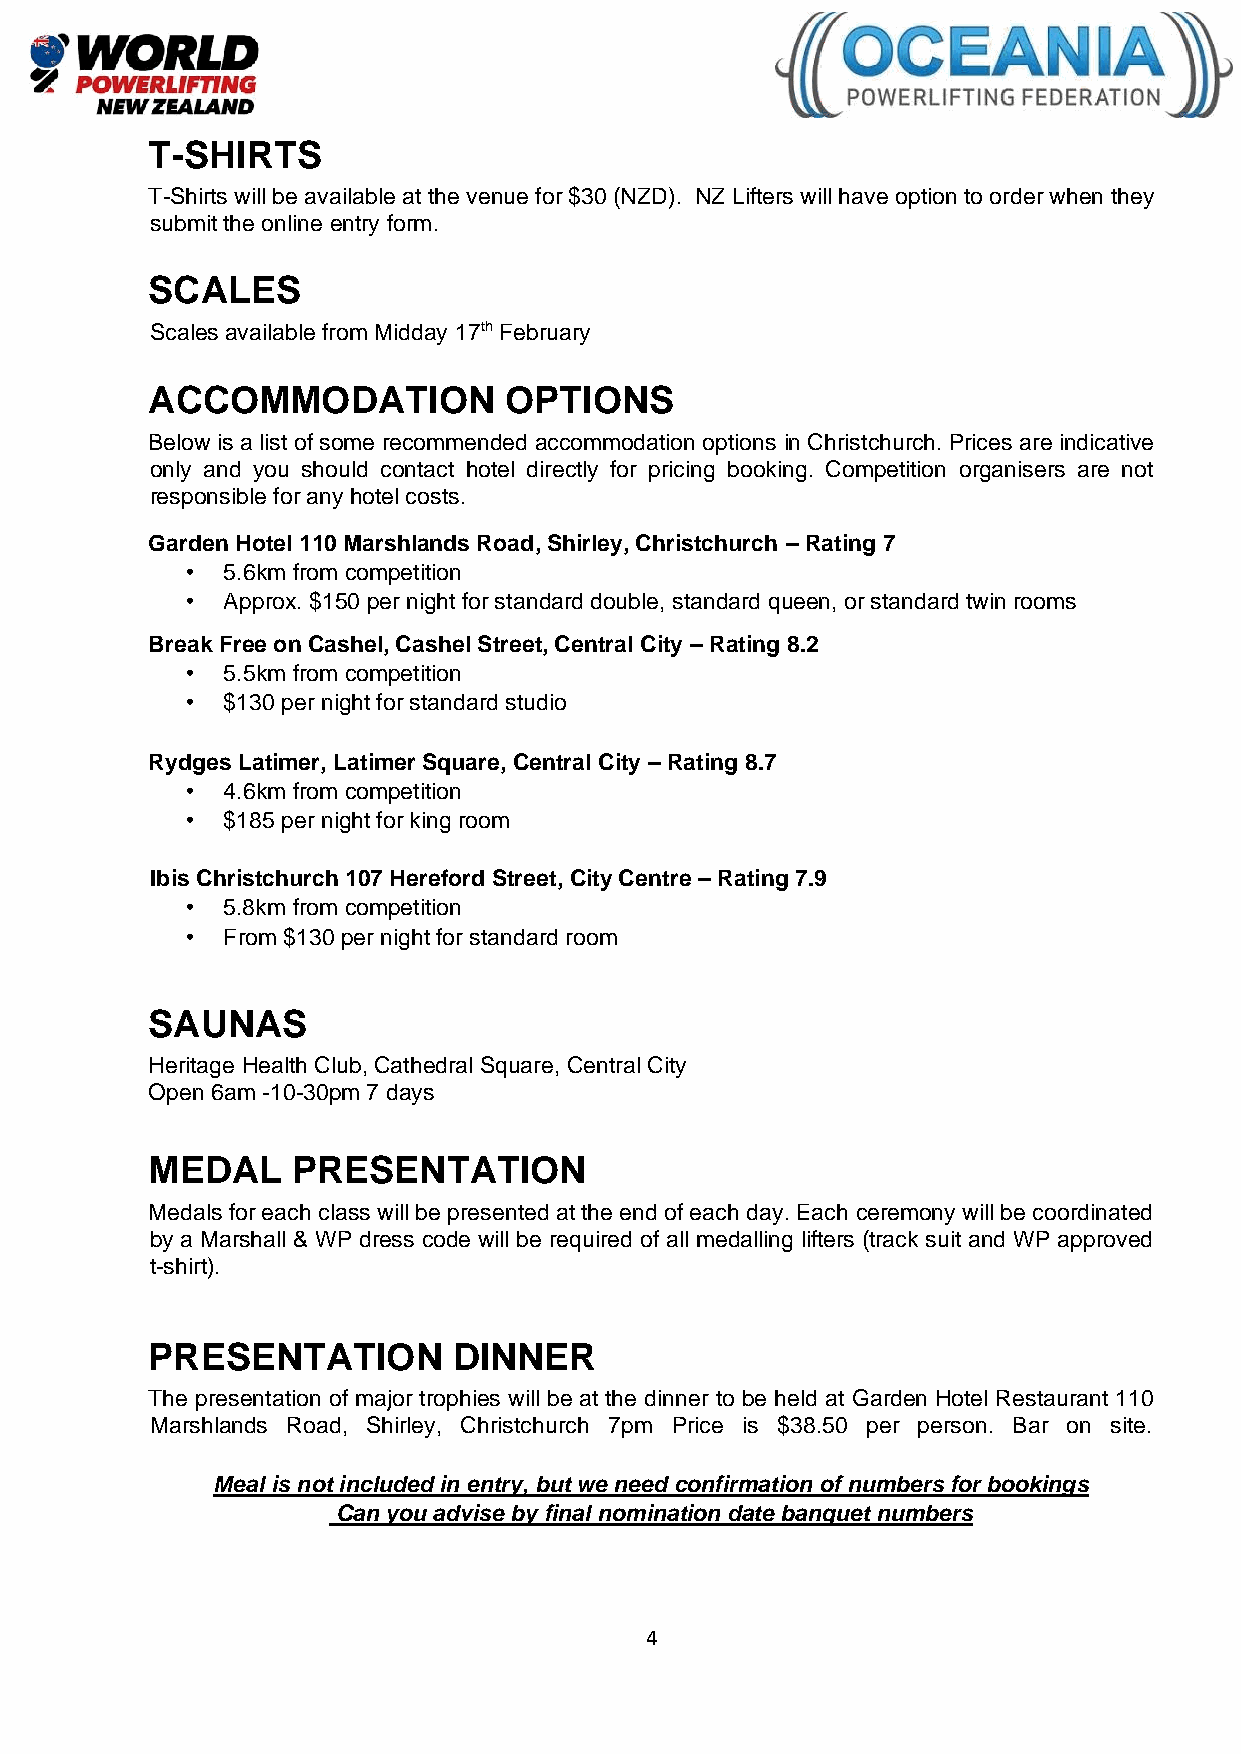
T-SHIRTS
 T-Shirts will be available at the venue for $30 (NZD). NZ Lifters will have option to order when they
 submit the online entry form.
 SCALES
 Scales available from Midday 17th February
 ACCOMMODATION          OPTIONS
 Below is a list of some recommended accommodation options in Christchurch. Prices are indicative
 only and you should contact hotel directly for pricing booking. Competition organisers are not
 responsible for any hotel costs.
 Garden Hotel 110 Marshlands Road, Shirley, Christchurch – Rating 7
 •  5.6km from competition
 •  Approx. $150 per night for standard double, standard queen, or standard twin rooms
 Break Free on Cashel, Cashel Street, Central City – Rating 8.2
 •  5.5km from competition
 •  $130 per night for standard studio
 Rydges Latimer, Latimer Square, Central City – Rating 8.7
 •  4.6km from competition
 •  $185 per night for king room
 Ibis Christchurch 107 Hereford Street, City Centre – Rating 7.9
 •  5.8km from competition
 •  From $130 per night for standard room
 SAUNAS
 Heritage Health Club, Cathedral Square, Central City
 Open 6am -10-30pm 7 days
 MEDAL    PRESENTATION
 Medals for each class will be presented at the end of each day. Each ceremony will be coordinated
 by a Marshall & WP dress code will be required of all medalling lifters (track suit and WP approved
 t-shirt).
 PRESENTATION        DINNER
 The presentation of major trophies will be at the dinner to be held at Garden Hotel Restaurant 110
 Marshlands Road, Shirley, Christchurch 7pm Price is $38.50 per person. Bar on site.
 Meal is not included in entry, but we need confirmation of numbers for bookings
 Can you advise by final nomination date banquet numbers
 4